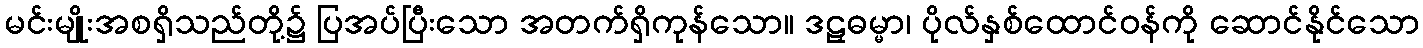
မင်းမျိုးအစရှိသည်တို့၌ ပြအပ်ပြီးသော အတက်ရှိကုန်သော။ ဒဠှဓမ္မာ၊ ပိုလ်နှစ်ထောင်ဝန်ကို ဆောင်နိုင်သော